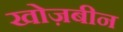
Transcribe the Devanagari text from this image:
खोज़बीन